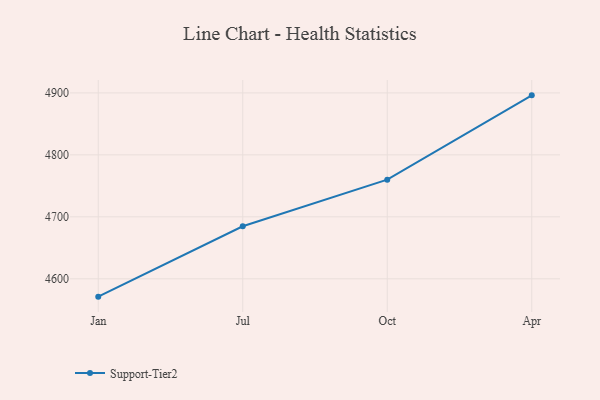
{"axis": {"x": "Month", "y": "Gross Profit (USD K)"}, "legend": ["Support-Tier2"], "data": [{"x": "Jan", "y": 4571.2, "type": "Support-Tier2"}, {"x": "Jul", "y": 4684.8, "type": "Support-Tier2"}, {"x": "Oct", "y": 4760.0, "type": "Support-Tier2"}, {"x": "Apr", "y": 4896.1, "type": "Support-Tier2"}]}